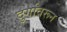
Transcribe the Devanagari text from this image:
दुर्गावरून